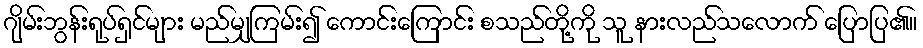
ဂျိမ်းဘွန်းရုပ်ရှင်များ မည်မျှကြမ်း၍ ကောင်းကြောင်း စသည်တို့ကို သူ နားလည်သလောက် ပြောပြ၏။